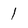
Character: 1